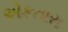
એકતારા